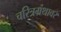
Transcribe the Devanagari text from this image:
चरित्रग्रंथावर